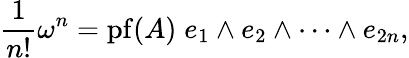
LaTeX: {\frac{1}{n!}}\omega^{n}=\operatorname{pf}(A)\; e_{1}\wedge e_{2}\wedge\cdots\wedge e_{2n},